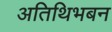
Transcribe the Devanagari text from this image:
अतिथिभबन